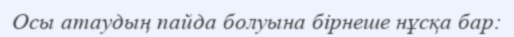
Осы атаудың пайда болуына бірнеше нұсқа бар: